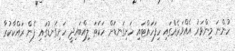
ހުންނަ މިންވަރު އެއްވަރެއްގައި ހިފަހައްޓައި ހަށިގަނޑަށް ހަކަތަ ލިއްބައިދީ ހަށިގަނޑުގައި ފެން ރައްކާކުރާ